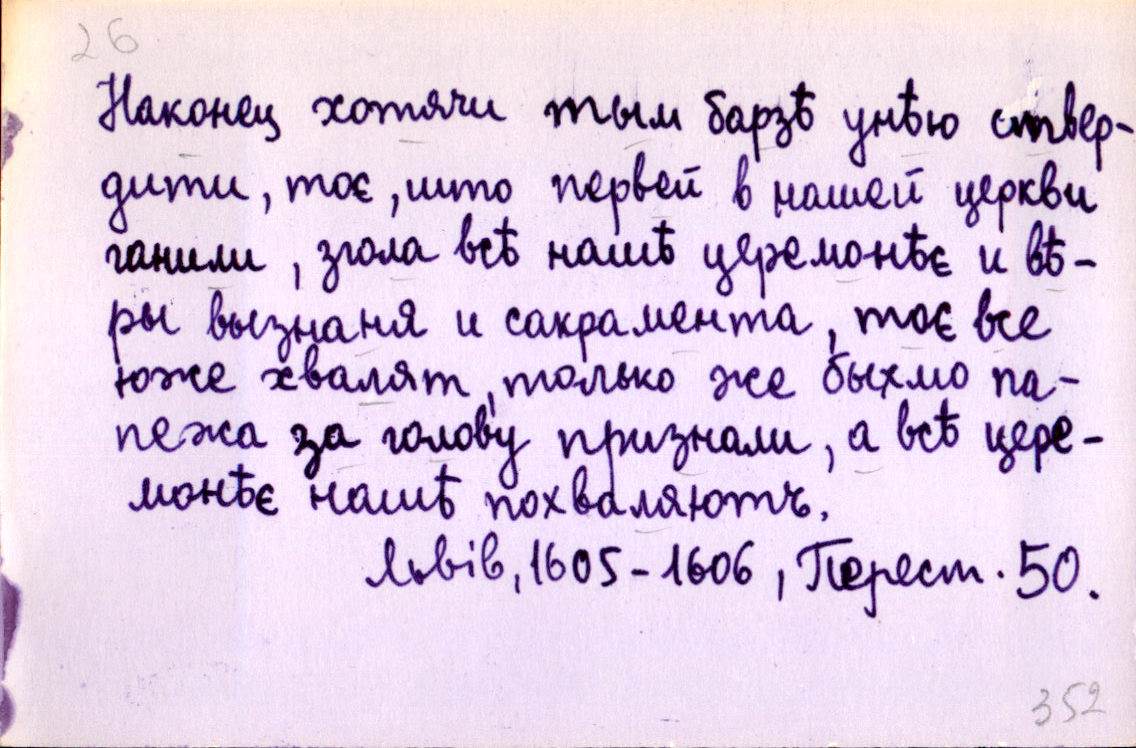
Наконец хотячи тым барзѣ унѣю ствер-
дити, тоє, што первей в нашей церкви
ганили, згола всѣ нашѣ церемонѣє и вѣ-
ры вызнаня и сакрамента, тоє все
юже хвалят, только же быхмо па-
пежа за голову признали, а всѣ цере-
монѣє нашѣ похваляютъ.
Львів, 1605-1606, Перест. 50.